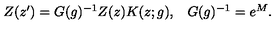
\begin{array} { c c } { Z ( z ^ { \prime } ) = G ( g ) ^ { - 1 } Z ( z ) K ( z ; g ) , } & { G ( g ) ^ { - 1 } = e ^ { M } . } \\ \end{array}